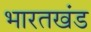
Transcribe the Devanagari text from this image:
भारतखंड